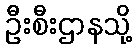
ဦးစီးဌာနသို့